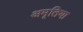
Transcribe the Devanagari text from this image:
अमृतिया